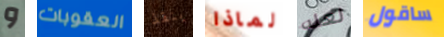
و العقوبات ينقذ لماذا لعله ساقول